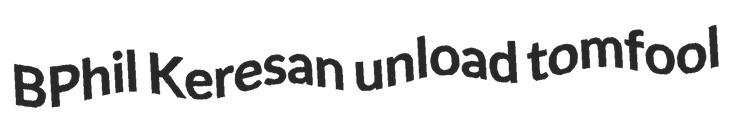
BPhil Keresan unload tomfool